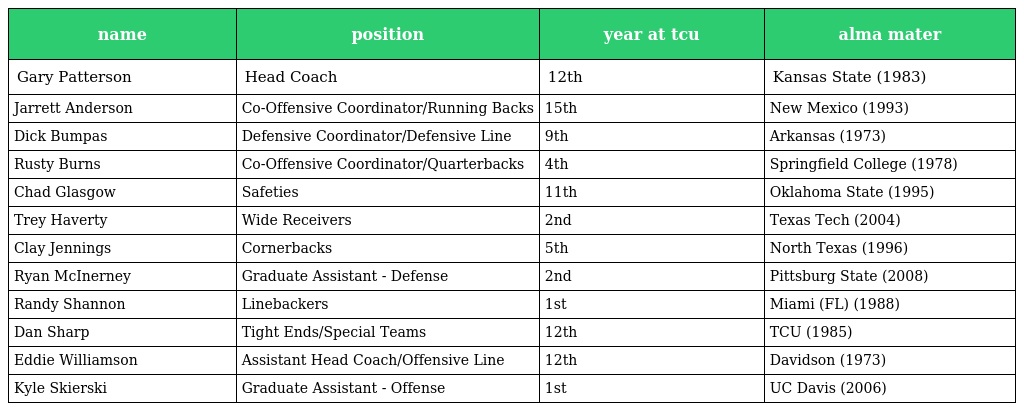
| name | position | year at tcu | alma mater |
 | --- | --- | --- | --- |
 | Gary Patterson | Head Coach | 12th | Kansas State (1983) |
 | Jarrett Anderson | Co-Offensive Coordinator/Running Backs | 15th | New Mexico (1993) |
 | Dick Bumpas | Defensive Coordinator/Defensive Line | 9th | Arkansas (1973) |
 | Rusty Burns | Co-Offensive Coordinator/Quarterbacks | 4th | Springfield College (1978) |
 | Chad Glasgow | Safeties | 11th | Oklahoma State (1995) |
 | Trey Haverty | Wide Receivers | 2nd | Texas Tech (2004) |
 | Clay Jennings | Cornerbacks | 5th | North Texas (1996) |
 | Ryan McInerney | Graduate Assistant - Defense | 2nd | Pittsburg State (2008) |
 | Randy Shannon | Linebackers | 1st | Miami (FL) (1988) |
 | Dan Sharp | Tight Ends/Special Teams | 12th | TCU (1985) |
 | Eddie Williamson | Assistant Head Coach/Offensive Line | 12th | Davidson (1973) |
 | Kyle Skierski | Graduate Assistant - Offense | 1st | UC Davis (2006) |